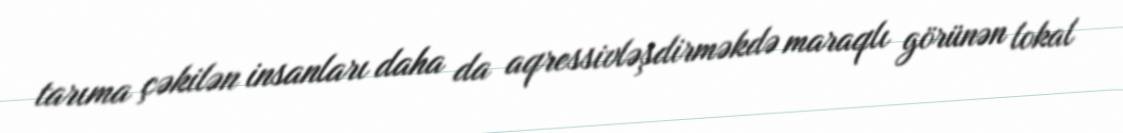
tarıma çəkilən insanları daha da aqressivləşdirməkdə maraqlı görünən lokal